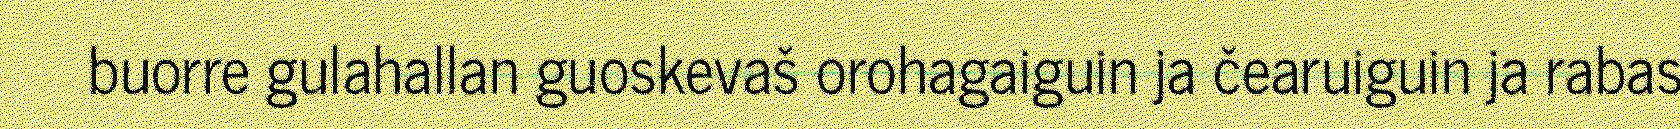
buorre gulahallan guoskevaš orohagaiguin ja čearuiguin ja rabas